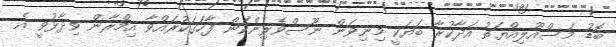
ބޮޑު މަސްއޫލިއްޔަތު އަދާކުރާ ބަޔަކީ މިނިވަން ނޫސްވެރިންކަން ފާހަގަކުރައްވާ އިމްރާން ވިދާޅުވީ އެ